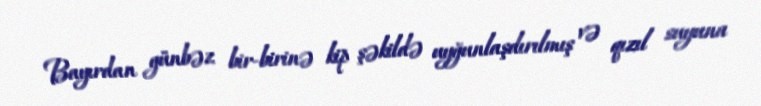
Bayırdan günbəz bir-birinə kip şəkildə uyğunlaşdırılmış və qızıl suyuna